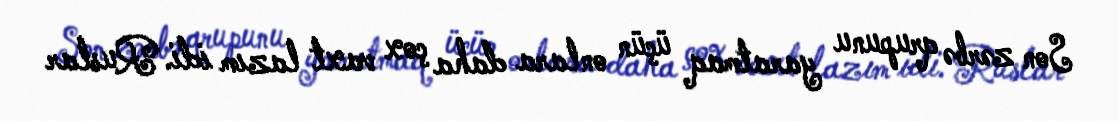
Son zərbə qrupunu yaratmaq üçün onlara daha çox vaxt lazım idi. Ruslar